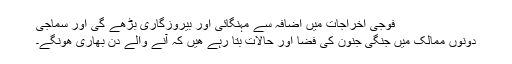
فوجی اخراجات میں اضافہ سے مہنگائی اور بیروزگاری بڑھے گی اور سماجی
دونوں ممالک میں جنگی جنون کی فضا اور حالات بتا رہے ھیں کہ آنے والے دن بھاری ھونگے۔